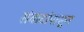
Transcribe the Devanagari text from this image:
संवादांपासून